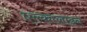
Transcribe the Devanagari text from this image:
एल्कालाइन